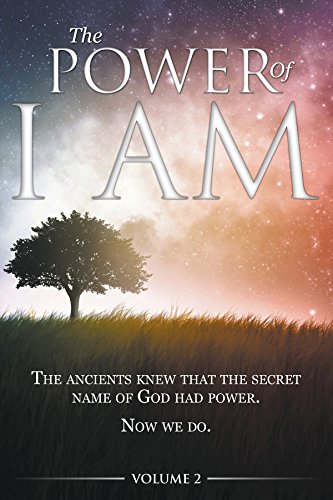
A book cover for The Power of I AM - Volume 2; Christian Books & Bibles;